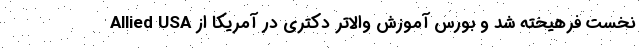
نخست فرهیخته شد و بورس آموزش والاتر دکتری در آمریکا از Allied USA